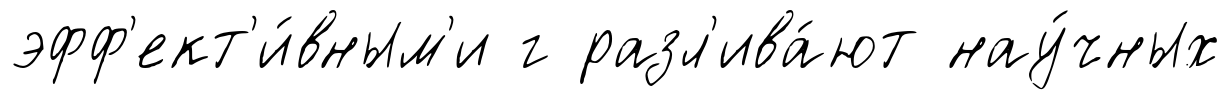
эфф'ект'и́вным'и г разл'ива́ют нау́чных